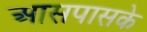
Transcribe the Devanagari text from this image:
आसपासके